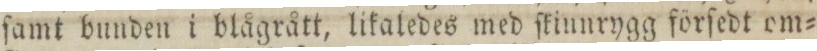
ſamt bunden i blågrått, likaledes med ſkiunrygg förſedt om=